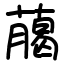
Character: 﨟